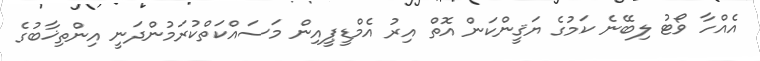
އެއްހާ ވޯޓު ލިބޭނެ ކަމުގެ ޔަޤީންކަން އޮތް އިރު އެމްޑީޕީއިން މަސައްކަތްކުރަމުންދަނީ އިންތިޚާބުގެ